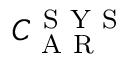
C _ { \mathrm { ~ A ~ R ~ } } ^ { \mathrm { ~ S ~ Y ~ S ~ } }